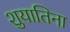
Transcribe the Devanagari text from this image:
शुयातिना